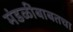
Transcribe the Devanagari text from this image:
मंडळींबाबतचा